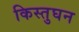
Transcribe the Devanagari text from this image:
किस्तुघन